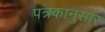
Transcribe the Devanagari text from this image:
पत्रकानुसार